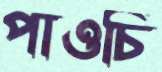
পাওচি